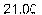
21.00